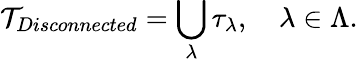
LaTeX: {\cal T}_{Disconnected}=\bigcup_{\lambda}\tau_{\lambda},\quad\lambda\in\Lambda.